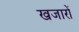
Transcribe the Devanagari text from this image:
खजारों